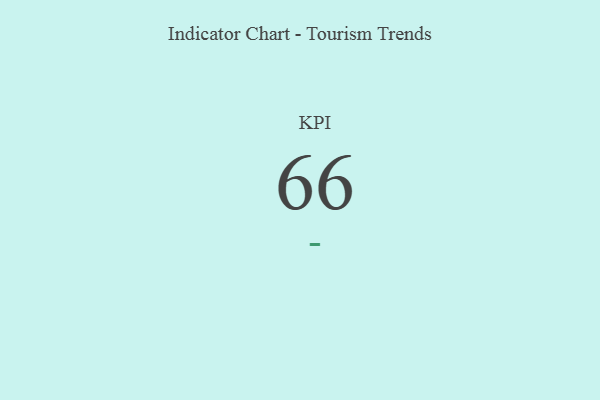
{"axis": {"x": "KPI", "y": "Value"}, "legend": [""], "data": [{"x": "KPI", "y": 66, "type": ""}]}